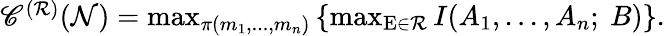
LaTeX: \begin{array}{r}{\mathscr{C}^{(\mathcal{R})}(\mathcal{N})=\operatorname*{max}_{\pi(m_{1},...,m_{n})}\left\{ \operatorname*{max}_{\mathrm{E}\in\mathcal{R}}I(A_{1},...,A_{n};~B)\right\} .}\end{array}